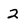
Character: 2